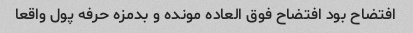
افتضاح بود افتضاح فوق العاده مونده و بدمزه حرفه پول واقعا